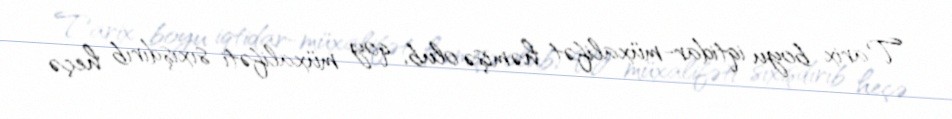
Tarix boyu iqtidar-müxalifət həmişə olub, qoy müxalifəti sıxışdırıb heçə